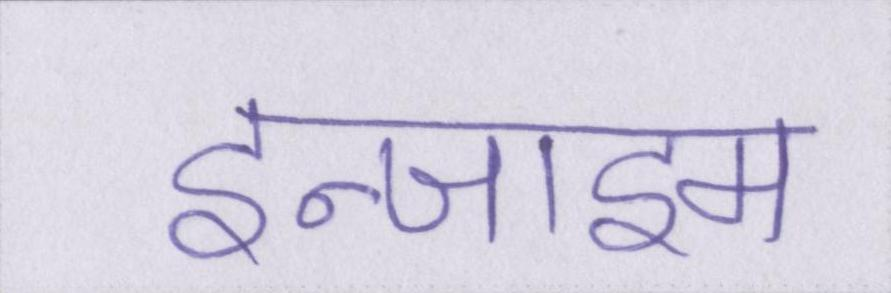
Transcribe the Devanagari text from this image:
इन्जाइम